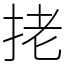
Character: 㧯